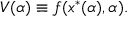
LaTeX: V ( \alpha ) \equiv f ( x ^ { \ast } ( \alpha ) , \alpha ) .